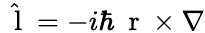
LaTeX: \hat{\mathrm{~\mathbf~l~}}=-i\hbar\mathrm{~\mathbf~r~}\times\nabla